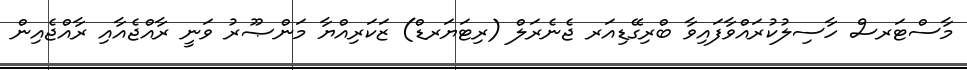
މާސްޓަރސް ހާސިލުކުރައްވާފައިވާ ބްރިގޭޑިއަރ ޖެނެރަލް (ރިޓަޔަރޑް) ޒަކަރިއްޔާ މަންޞޫރު ވަނީ ރާއްޖެއާއި ރާއްޖެއިން